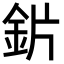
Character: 𬫄